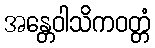
အန္တေဝါသိကဝတ္တံ